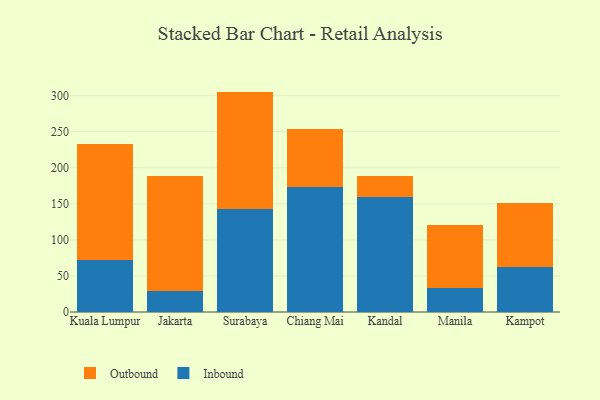
{"axis": {"x": "City", "y": "Website Visitors"}, "legend": ["Inbound", "Outbound"], "data": [{"x": "Kuala Lumpur", "y": 71.6, "type": "Inbound"}, {"x": "Kuala Lumpur", "y": 160.8, "type": "Outbound"}, {"x": "Jakarta", "y": 29.8, "type": "Inbound"}, {"x": "Jakarta", "y": 158.5, "type": "Outbound"}, {"x": "Surabaya", "y": 142.5, "type": "Inbound"}, {"x": "Surabaya", "y": 163.2, "type": "Outbound"}, {"x": "Chiang Mai", "y": 173.8, "type": "Inbound"}, {"x": "Chiang Mai", "y": 80.6, "type": "Outbound"}, {"x": "Kandal", "y": 160.1, "type": "Inbound"}, {"x": "Kandal", "y": 28.8, "type": "Outbound"}, {"x": "Manila", "y": 33.8, "type": "Inbound"}, {"x": "Manila", "y": 86.8, "type": "Outbound"}, {"x": "Kampot", "y": 62.8, "type": "Inbound"}, {"x": "Kampot", "y": 88.4, "type": "Outbound"}]}